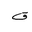
Letter: _qaf